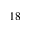
1 8